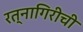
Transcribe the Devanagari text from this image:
रत्‍नागिरीची